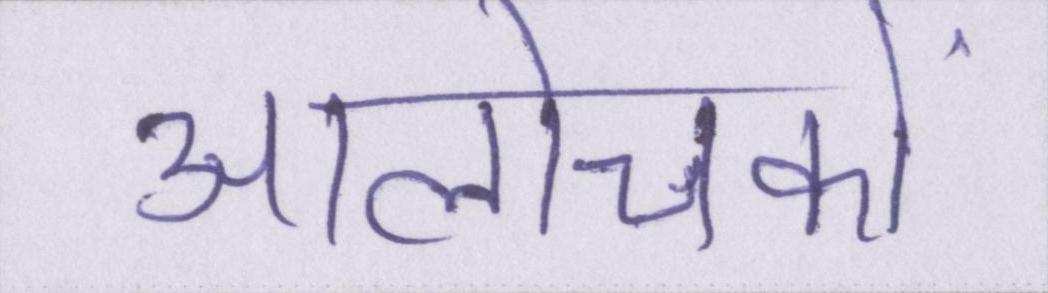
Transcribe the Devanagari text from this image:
आलोचकों